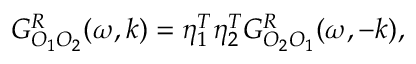
G _ { { \cal O } _ { 1 } { \cal O } _ { 2 } } ^ { R } ( \omega , k ) = \eta _ { 1 } ^ { T } \eta _ { 2 } ^ { T } G _ { { \cal O } _ { 2 } { \cal O } _ { 1 } } ^ { R } ( \omega , - k ) ,